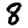
Digit: 8